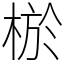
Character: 棜